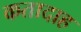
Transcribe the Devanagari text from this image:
कतादाह